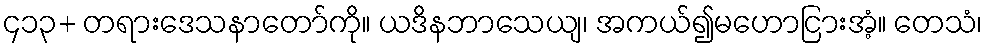
၄၁၃+ တရားဒေသနာတော်ကို။ ယဒိနဘာသေယျ၊ အကယ်၍မဟောငြားအံ့။ တေသံ၊